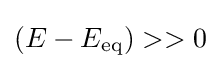
(E-E_{\rm {eq}})>>0